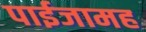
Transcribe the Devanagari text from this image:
पाईजामह